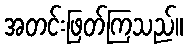
အတင်းဖြတ်ကြသည်။